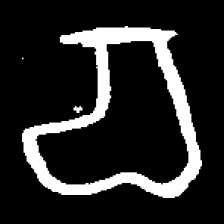
Pyu character \u2014 Myanmar letter: စ (romanized: ca)